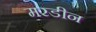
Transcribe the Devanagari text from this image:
मरडीन